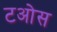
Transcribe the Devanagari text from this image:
टओस